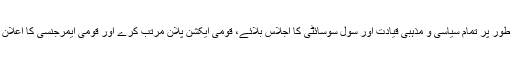
فوری طور پر تمام سیاسی و مذہبی قیادت اور سول سوسائٹی کا اجلاس بلائے، قومی ایکشن پلان مرتب کرے اور قومی ایمرجنسی کا اعلان کرے۔